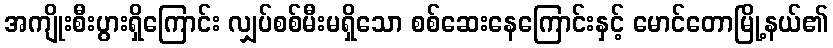
အကျိုးစီးပွားရှိကြောင်း လျှပ်စစ်မီးမရှိသော စစ်ဆေးနေကြောင်းနှင့် မောင်တောမြို့နယ်၏